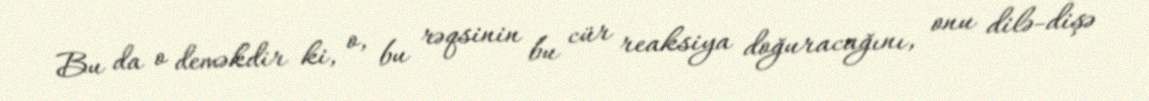
Bu da o deməkdir ki, o, bu rəqsinin bu cür reaksiya doğuracağını, onu dilə-dişə